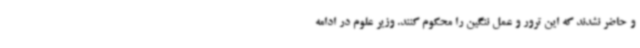
و حاضر نشدند که این ترور و عمل ننگین را محکوم کنند. وزیر علوم در ادامه